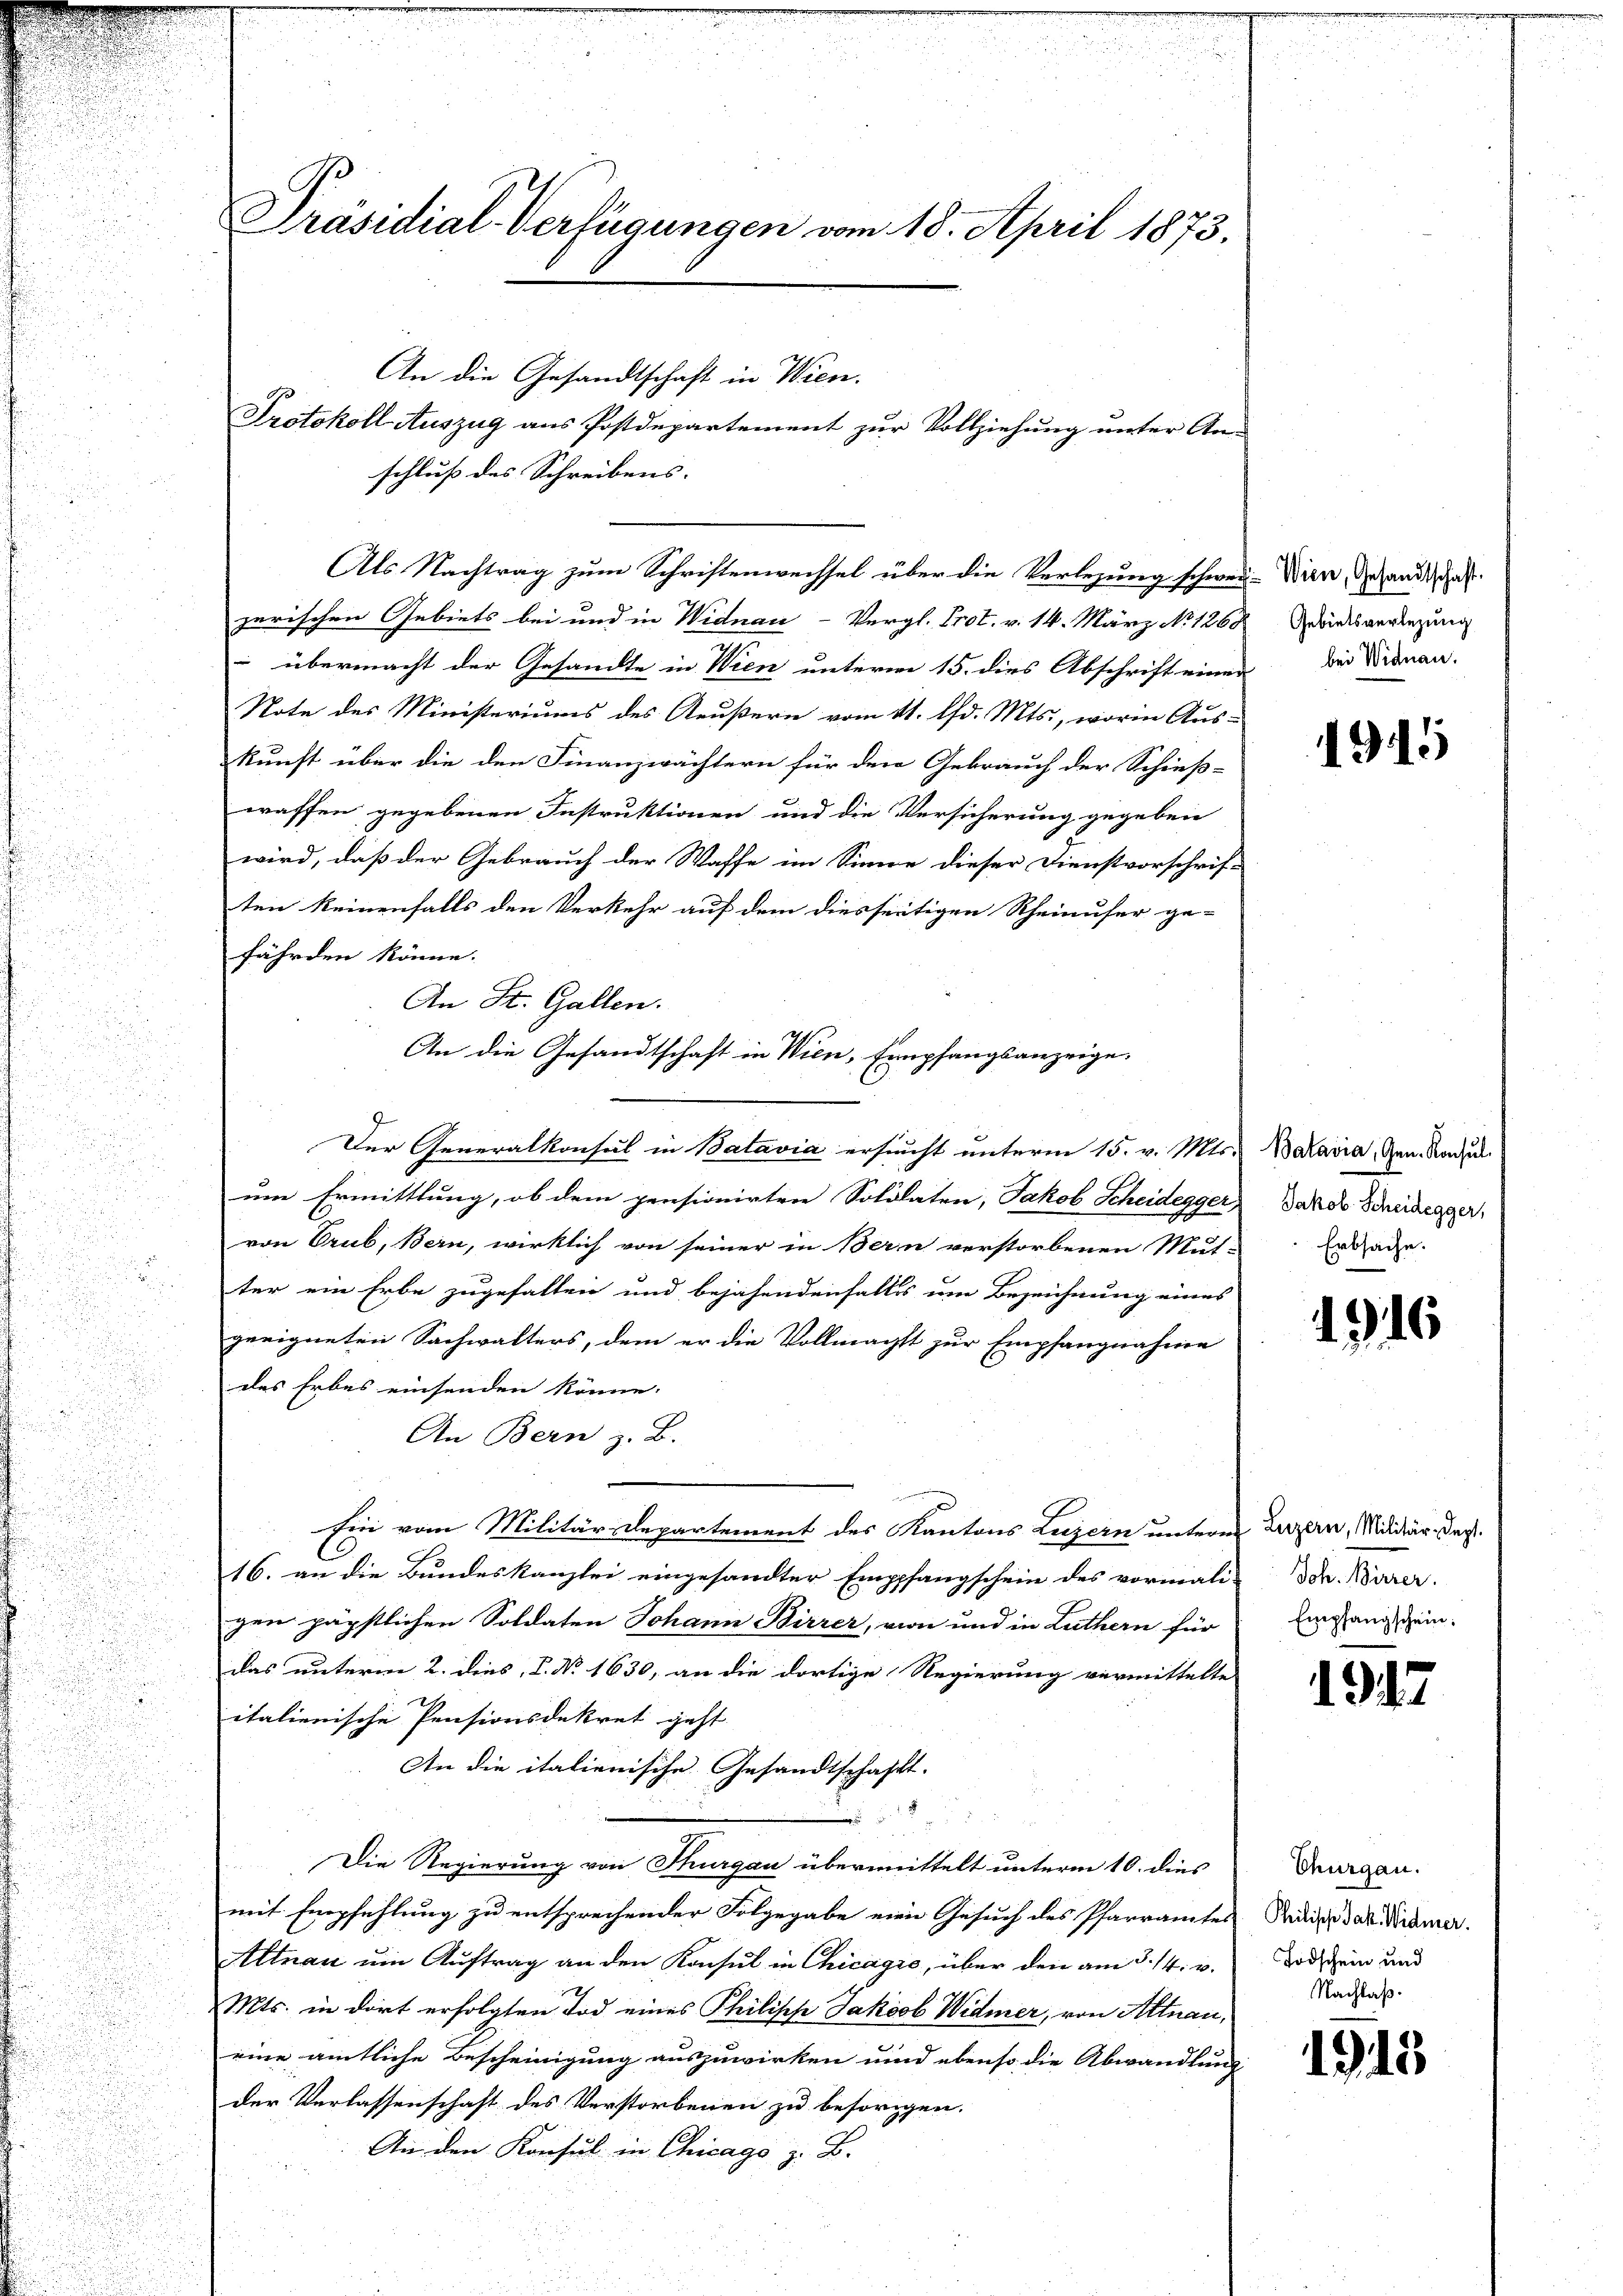
Präsidial-Verfügungen vom 18. April 1873.

An die Gesandtschaft in Wien.
schluß des Schreibens.
Als Nachtrag zum Schriftenweissel über die Verlegung schwer- Wien, Gesandtschaf
zerischen Gebiets bei und in Widnau-Vergl. Prot. v. 14. März No 1260
 übermacht der Gesandte in Wien unterm 15. dies Abschrift einen die Nieman-
Note des Ministeriums des Aeußern vom 11. d. Mts., worin Aus-
kunft über die den Finanzwächtern für den Gebrauch der Schieß-
waffen gegebenen Instruktionen und die Versicherung gegeben
wird, daß der Gebrauch der Waffe im Sinne dieser Dienstvorschrif-
ten keinenfalls den Verkehr auf dem diesseitigen Rheinufer ge-
fährden könne.
An St. Gallen.
Der Generalkonsul in Batavia ersucht unterm 15. v. Mts. Daravia, Gen. Nachzul
5
um Ermittlung, ob dem pensionirten Soldaten, Jakob Scheidegger Jakob Scheidegger,
von Crub, Bern, wirklich von seiner in Bern verstorbenen Mut-Ertage.
ter ein Erbe zugefallen und bejahendenfalls um Bezeichnung eines
geeigneten Sachwalters, dem er die Vollmacht zur Empfangnahme
des Erbes einsenden könne.
An Bern z. B.
Ein vom Militär-Departement des Kantons Luzern unterm
16. an die Bundeskanzlei eingesandter Empfangschein des vormali-Doh. Barer.
gen päpstlichen Soldaten Johann Birrer, von und in Luthern für
das unterm 2. dies, P. No 1630, an die dortige Regierung vermittelte
italienische Pensionsdekret geht
An die italienische Gesandtschafft.
Die Regierung von Thurgau übermittelt unterm 10. dies
mit Empfehlung zu entsprechender Folgegabe eine Gesuch des Pfarramtes
Altnau um Auftrag an den Konsul in Chicagić, über den am 5. 14. u.
Mts. in dort erfolgten Tod eines Philische Jakob Widmer, von Altnau,
eine amtliche Bescheinigung auszuwirken und ebenso die Abwandlung
der Verlassenschaft des Verstorbenen zu besorgen.
An den Konsul in Chicago z. B.

Protokoll Auszug aus Postdepartement zur Vollziehung unter An-

An die Gesandtschaft in Wien, Empfangsanzeige.

Gebietsverlegung

1915

1316

Luzern, Militär, Sept.
Empfangschein.

194.

Thurgau.
Philische Jak. Widmer.
Todschein und
Nachlaß.

1913